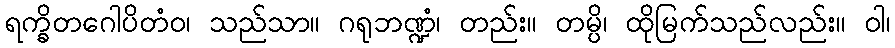
ရက္ခိတဂေါပိတံဝ၊ သည်သာ။ ဂရုဘဏ္ဍံ၊ တည်း။ တမ္ပိ၊ ထိုမြက်သည်လည်း။ ဝါ၊